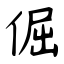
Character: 倔